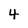
Character: 4